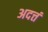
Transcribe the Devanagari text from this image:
अदत्तं